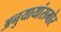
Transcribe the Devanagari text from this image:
अनुयायांसमोर